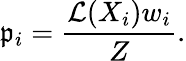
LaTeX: \mathfrak{p}_{i}=\frac{{\mathcal{{L}}(X_{i})w_{i}}}{{Z}}.